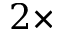
2 \times